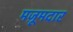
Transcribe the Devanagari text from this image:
मज़ूमदार